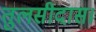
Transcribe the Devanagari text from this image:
तुलसीदास।